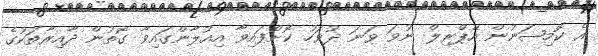
އެ ކޮމިޝަނުން އޭޕްރިލް ނުވަ ވަނަ ދުވަހު ކޮށްފައިވާ އިއުލާންގައިވާ ގޮތުން ދާއިރާތަކުގެ